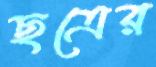
ছত্রের